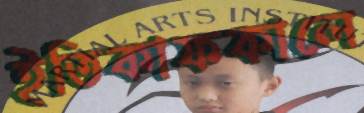
ইতিকাফকালে